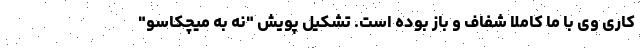
کاری وی با ما کاملا شفاف و باز بوده است. تشکیل پویش "نه به میچکاسو"